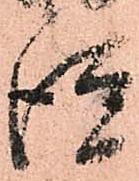
徙